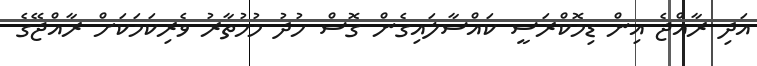
އަދި ރާއްޖެ އިން ޑިމޮކްރަސީ ކައްސާލައިގެން ގޮސް ހުދު މުހުތާރު ވެރިކަމަކަށް ރާއްޖޭގެ